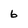
Character: 6